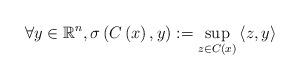
LaTeX: \begin{align*}\forall y\in \mathbb{R}^{n},\sigma \left( C\left( x\right) ,y\right):=\sup_{z\in C\left( x\right) }\left\langle z,y\right\rangle\end{align*}